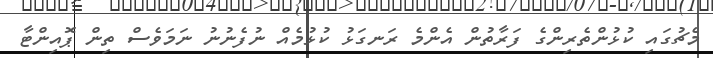
މެޗުގައި ކުޅުންތެރިންގެ ފަރާތުން އެންމެ ރަނގަޅު ކުޅުމެއް ނުފެނުނު ނަމަވެސް ތިން ޕޮއިންޓާ